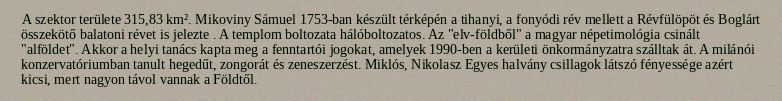
A szektor területe 315,83 km². Mikoviny Sámuel 1753-ban készült térképén a tihanyi, a fonyódi rév mellett a Révfülöpöt és Boglárt összekötő balatoni révet is jelezte . A templom boltozata hálóboltozatos. Az "elv-földből" a magyar népetimológia csinált "alföldet". Akkor a helyi tanács kapta meg a fenntartói jogokat, amelyek 1990-ben a kerületi önkormányzatra szálltak át. A milánói konzervatóriumban tanult hegedűt, zongorát és zeneszerzést. Miklós, Nikolasz Egyes halvány csillagok látszó fényessége azért kicsi, mert nagyon távol vannak a Földtől.